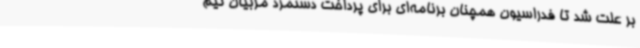
بر علت شد تا فدراسیون همچنان برنامه‌ای برای پرداخت دستمزد مربیان تیم